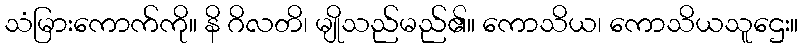
သံမြားကောက်ကို။ နိ ဂိလတိ၊ မျိုသည်မည်၏။ ကောသိယ၊ ကောသိယသူဌေး။